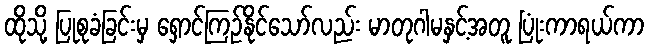
ထိုသို့ ပြုစုခံခြင်းမှ ရှောင်ကြဉ်နိုင်သော်လည်း မာတုဂါမနှင့်အတူ ပြုံးကာရယ်ကာ